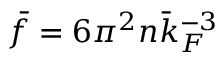
\bar { f } = 6 \pi ^ { 2 } n \bar { k } _ { F } ^ { - 3 }